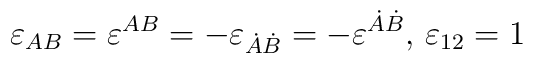
\varepsilon_{AB}=\varepsilon^{AB}=-\varepsilon_{\dot A \dot B}=-\varepsilon^{\dot A \dot B}, \, \varepsilon_{12}=1